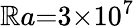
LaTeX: \mathbb{R}a{=}3{\times}10^{7}